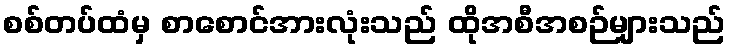
စစ်တပ်ထံမှ စာစောင်အားလုံးသည် ထိုအစီအစဉ်များသည်